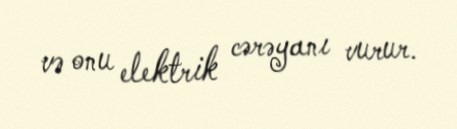
və onu elektrik cərəyanı vurur.